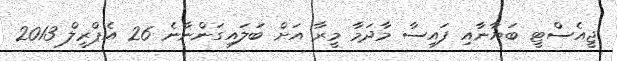
ޖީއެސްޓީ ބަޔާނާއި ފައިސާ މާދަމާ މީރާ އަށް ބަލައިގަންނާނެ 26 އެޕްރީލް 2013